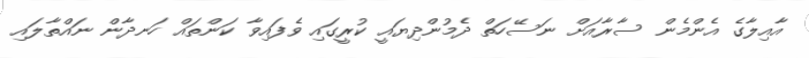
އާއިލާގެ އެންމެން ސާރާއަށް ނަސޭހަތް ދެމުންދިޔައީ ކުރީގައި ވެފައިވާ ކަންތައް ހަނދާން ނައްތާލައި